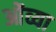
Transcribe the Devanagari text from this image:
ओंव्या